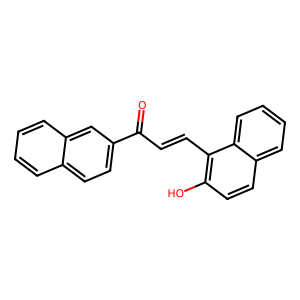
SMILES: O=C(C=Cc1c(O)ccc2ccccc12)c1ccc2ccccc2c1
Inhibits HIV replication: No